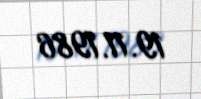
19.11.1986